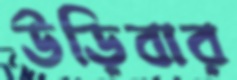
উড়িবার